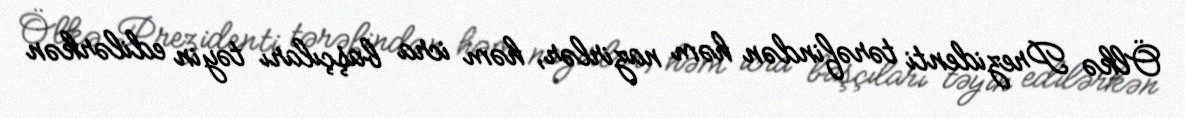
Ölkə Prezidenti tərəfindən həm nazirlər, həm icra başçıları təyin edilərkən